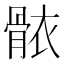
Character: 𮪩